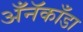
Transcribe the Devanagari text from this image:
अँनॅकाँडा